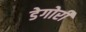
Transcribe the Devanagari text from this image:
डेगोरी